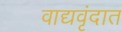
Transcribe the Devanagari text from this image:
वाद्यवृंदात